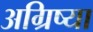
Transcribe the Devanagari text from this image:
अग्रिष्या